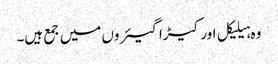
وہ ہیلیکل اور کیڑا گیئروں میں جمع ہیں۔